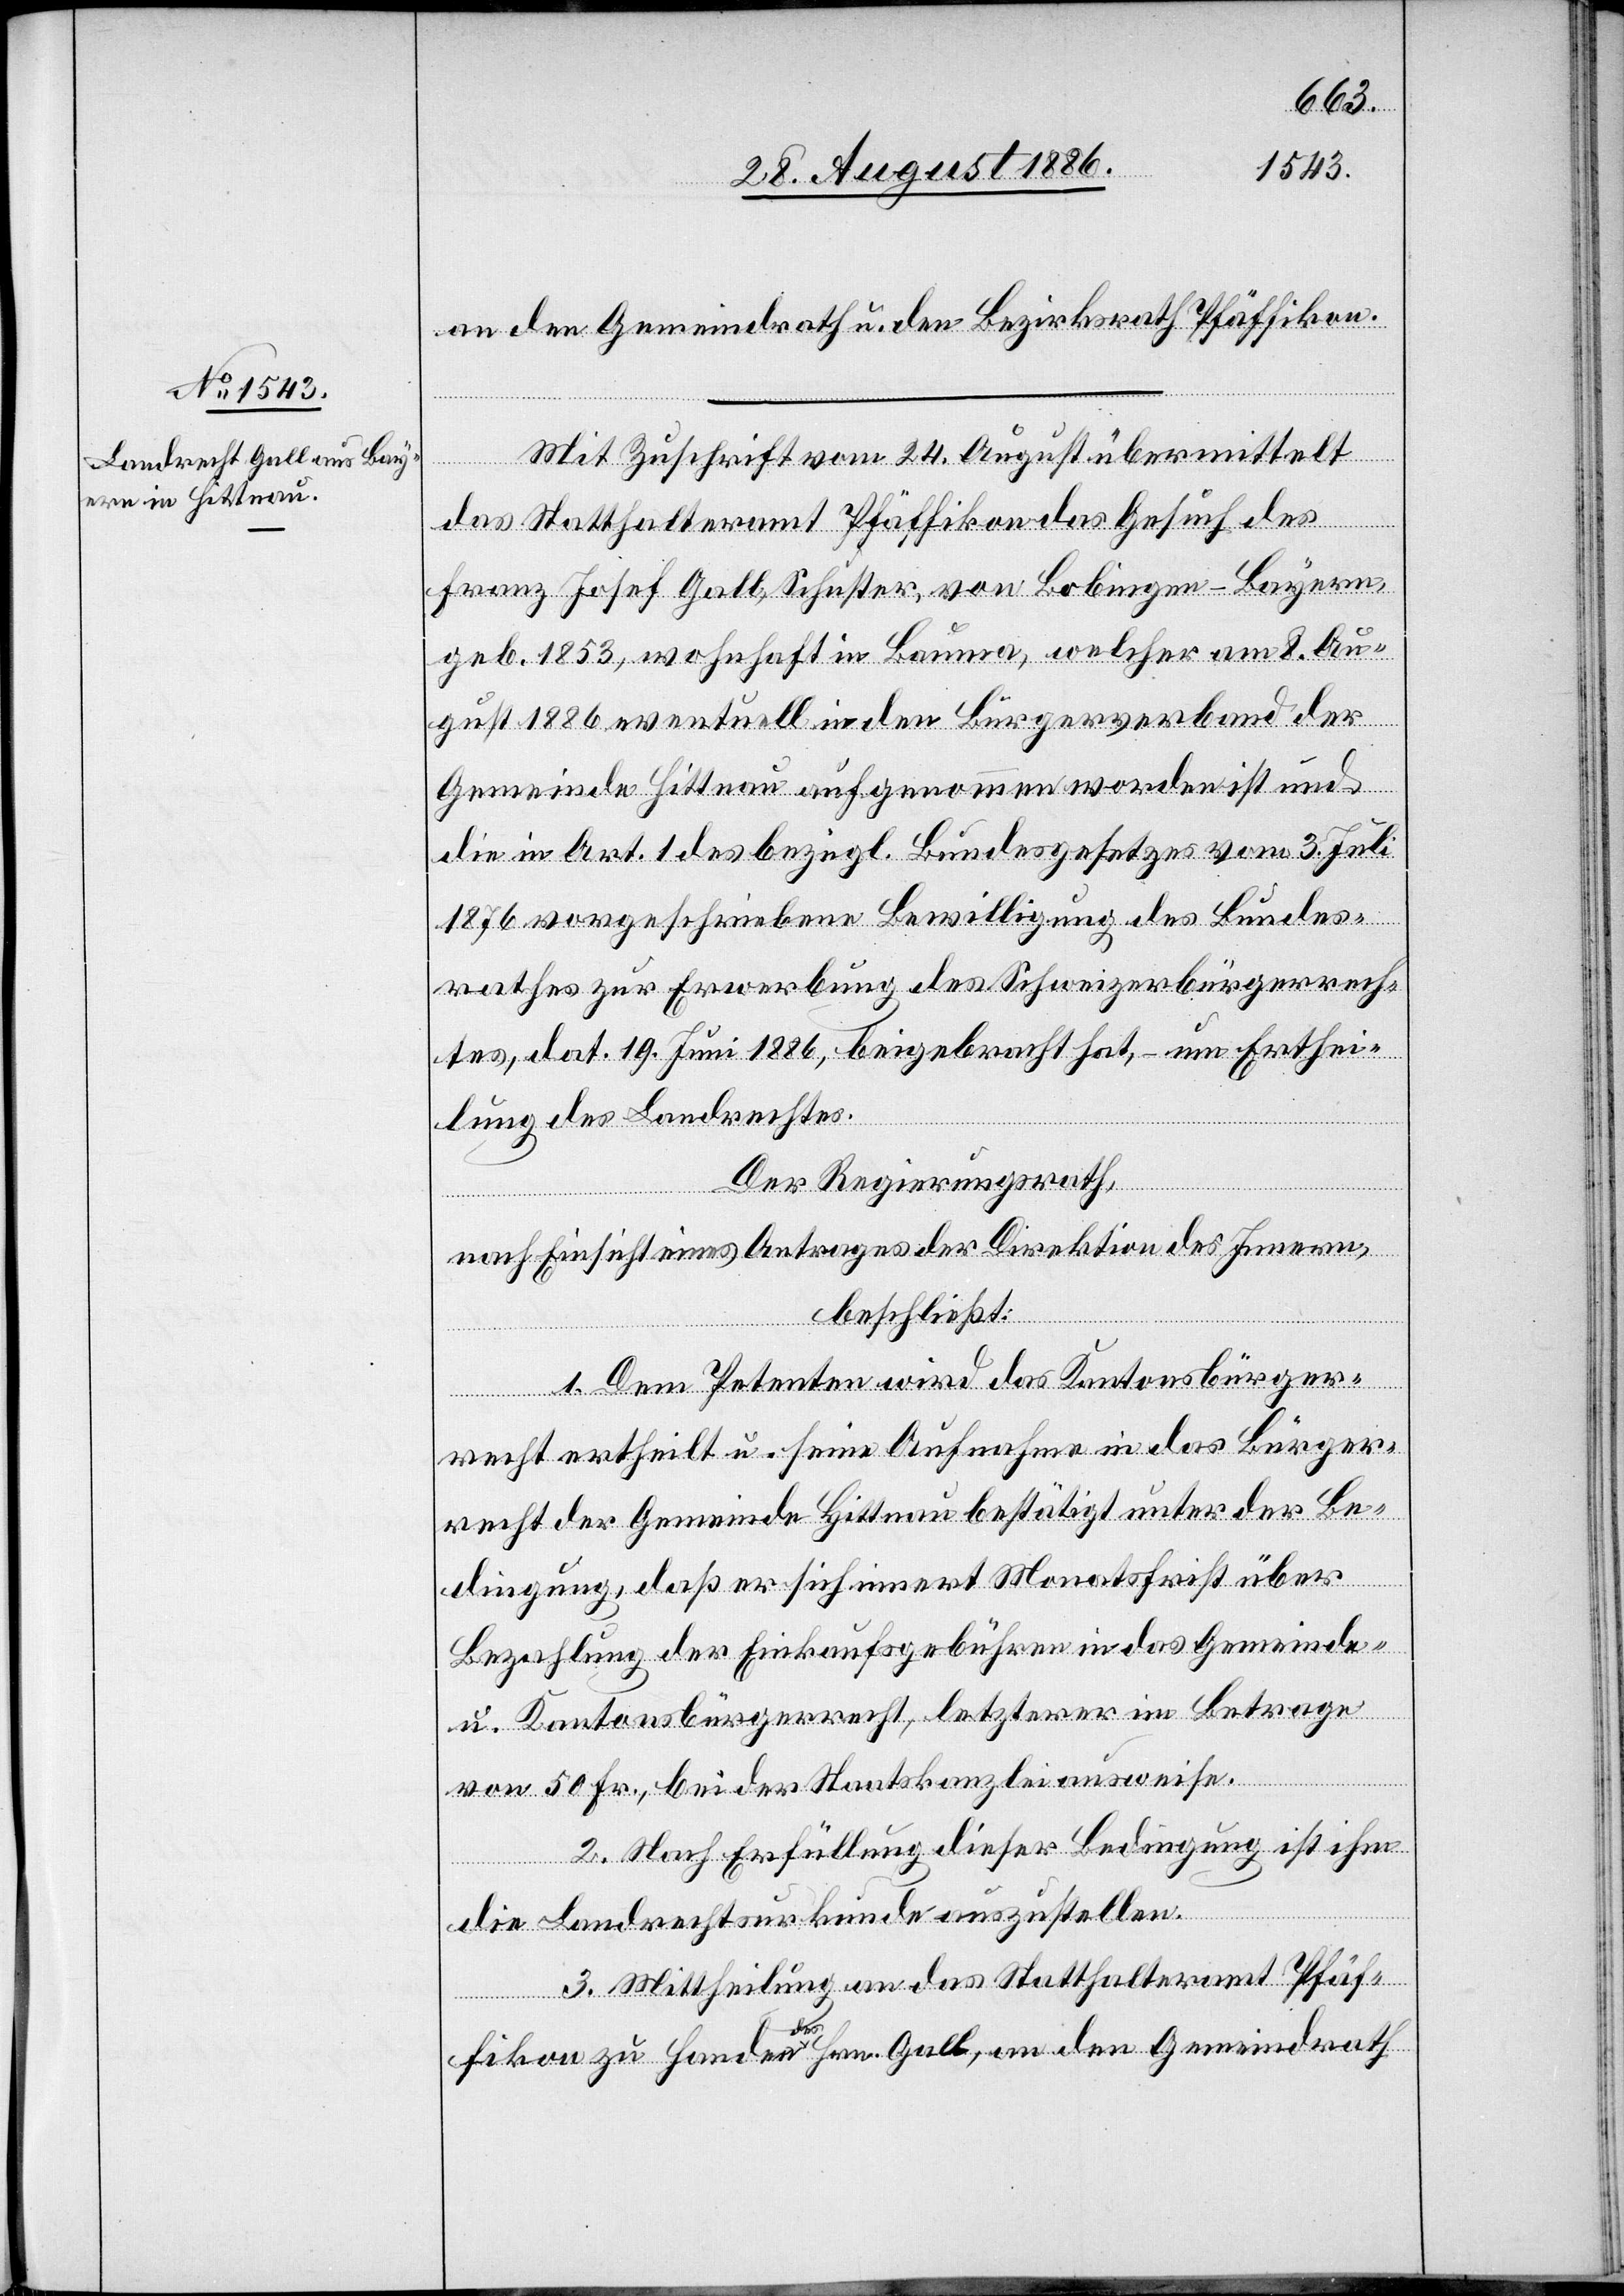
an den Gemeindrath u. den Bezirksrath Pfäffikon.
Mit Zuschrift vom 24. August übermittelt
das Statthalteramt Pfäffikon das Gesuch des
Franz Josef Gall, Schuster, von Bobingen - Bayern,
geb. 1853, wohnhaft in Bauma, welcher am 8. Au¬
gust 1886 eventuell in den Bürgerverband der
Gemeinde Hittnau aufgenommen worden ist und
die in Art. 1 des bezügl. Bundesgesetzes vom 3. Juli
1876 vorgeschriebene Bewilligung des Bundes¬
rathes zur Erwerbung des Schweizerbürgerrech¬
tes, dat. 19. Juni 1886, beigebracht hat, – um Erthei¬
lung des Landrechtes.
Der Regierungsrath,
nach Einsicht eines Antrages der Direktion des Innern,
beschließt:
1. Dem Petenten wird das Kantonsbürger¬
recht ertheilt u. seine Aufnahme in das Bürger¬
recht der Gemeinde Hittnau bestätigt unter der Be¬
dingung, daß er sich innert Monatsfrist über
Bezahlung der Einkaufsgebühren in das Gemeinde-
u. Kantonsbürgerrecht, letzterer im Betrage
von 50 Fr., bei der Staatskanzlei ausweise.
2. Nach Erfüllung dieser Bedingung ist ihm
die Landrechtsurkunde auszustellen.
3. Mittheilung an das Statthalteramt Pfäf¬
fikon zu Handen des Hrn. Gall, an den Gemeindrath